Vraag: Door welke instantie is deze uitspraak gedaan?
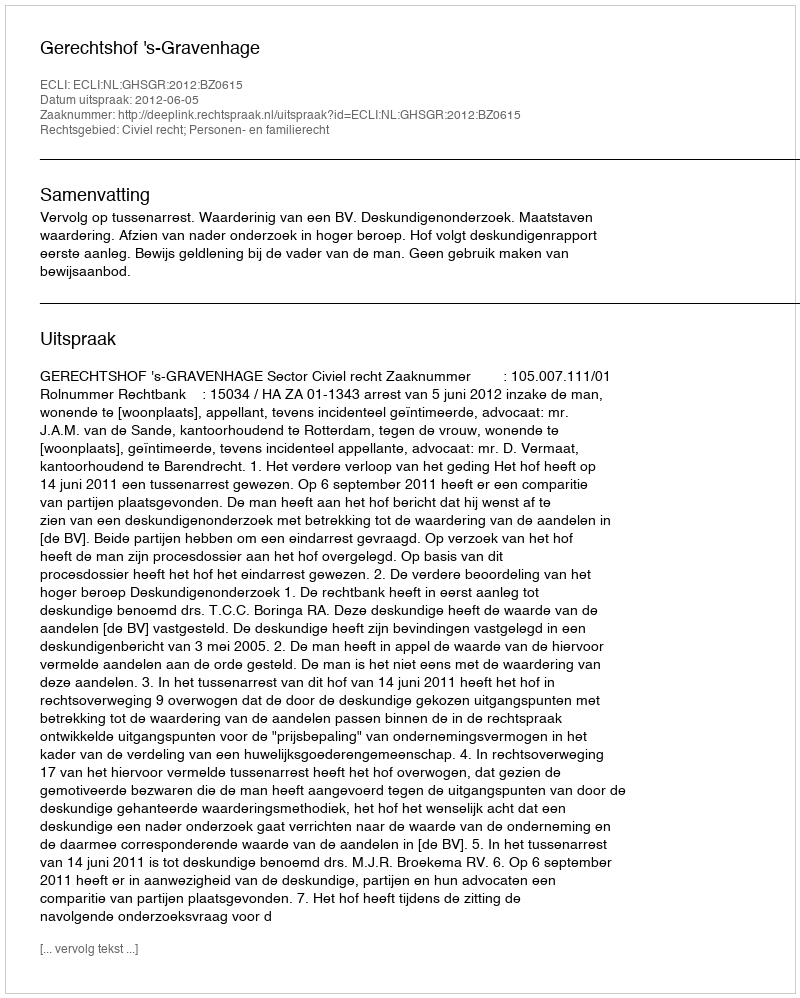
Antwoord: Gerechtshof 's-Gravenhage